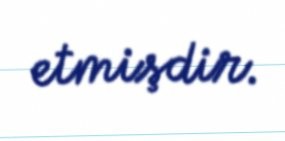
etmişdir.